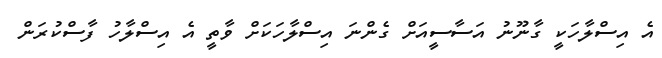
އެ އިސްލާހަކީ ގާނޫނު އަސާސީއަށް ގެންނަ އިސްލާހަކަށް ވާތީ އެ އިސްލާހު ފާސްކުރަން